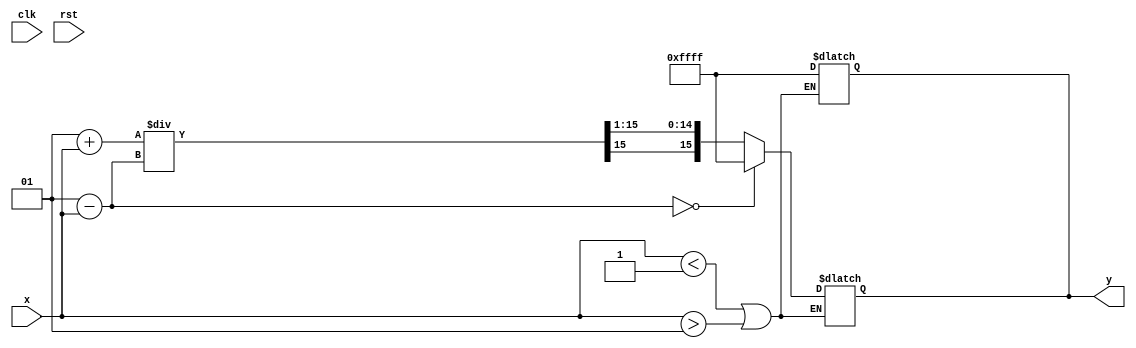
module atanh (
    input wire signed [15:0] x,  // Input: Fixed-point representation of x
    output reg signed [15:0] y,   // Output: Fixed-point representation of atanh(x)
    input wire clk,
    input wire rst
);

    // Internal signals
    wire signed [15:0] one_plus_x;
    wire signed [15:0] one_minus_x;
    wire signed [15:0] ratio;
    wire signed [15:0] log_result;
    reg valid_input;

    // Constants
    localparam signed [15:0] ONE = 16'h0001; // Fixed-point representation of 1
    localparam signed [15:0] MAX_VAL = 16'h7FFF; // Maximum value for signed 16-bit
    localparam signed [15:0] MIN_VAL = 16'h8000; // Minimum value for signed 16-bit

    // Input validation
    always @(*) begin
        if (x < -ONE || x > ONE) begin
            valid_input = 1'b0; // Invalid input
            y = 16'hFFFF; // Set output to NaN or error code
        end else begin
            valid_input = 1'b1; // Valid input
        end
    end

    // Compute 1 + x and 1 - x
    assign one_plus_x = ONE + x;
    assign one_minus_x = ONE - x;

    // Check for division by zero
    always @(*) begin
        if (valid_input) begin
            if (one_minus_x == 0) begin
                y = 16'hFFFF; // Set output to NaN or error code
            end else begin
                // Compute the ratio (1 + x) / (1 - x)
                ratio = one_plus_x / one_minus_x;

                // Compute the logarithm of the ratio
                log_result = log_approx(ratio); // Call to logarithm approximation

                // Scale the result by 1/2
                y = log_result >>> 1; // Right shift by 1 to divide by 2
            end
        end
    end

    // Simple logarithm approximation (for demonstration purposes)
    function signed [15:0] log_approx(input signed [15:0] value);
        begin
            // This is a placeholder for a logarithm approximation
            // Replace with a more accurate logarithm calculation as needed
            log_approx = value; // Placeholder: return input as output
        end
    endfunction

endmodule